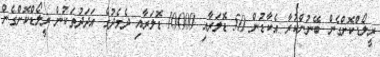
ރީލޯޑްކޮށްގެން ބޭނުންކުރާ އެކާޑުން 50 ޑޮލަރާއި 10000 ޑޮލަރާއި ދެމެދުގެ އަދަދުތަކުން ރީލޯޑްކޮށްގެން